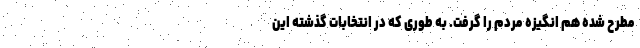
مطرح شده هم انگیزه مردم را گرفت. به طوری که در انتخابات گذشته این